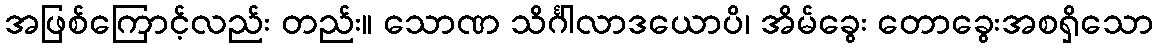
အဖြစ်ကြောင့်လည်း တည်း။ သောဏ သိင်္ဂါလာဒယောပိ၊ အိမ်ခွေး တောခွေးအစရှိသော